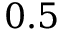
0 . 5